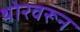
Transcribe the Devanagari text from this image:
थोरवरून